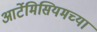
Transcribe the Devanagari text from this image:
आर्टेमिसियमच्या